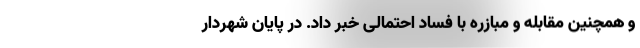
و همچنین مقابله و مبازره با فساد احتمالی خبر داد. در پایان شهردار